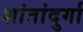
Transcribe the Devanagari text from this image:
शांतांदुर्गा